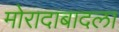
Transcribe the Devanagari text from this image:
मोरादाबादला